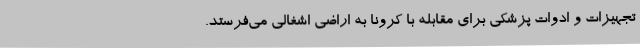
تجهیزات و ادوات پزشکی برای مقابله با کرونا به اراضی اشغالی می‌فرستد.